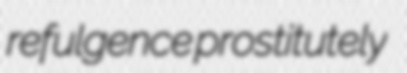
refulgence prostitutely